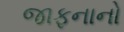
જાફનાનો